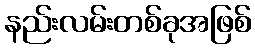
နည်းလမ်းတစ်ခုအဖြစ်